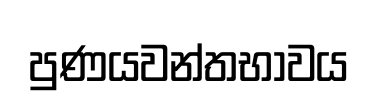
පුණයවන්තභාවය